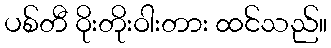
ပစ်တီ ဝိုးတိုးဝါးတား ထင်သည်။